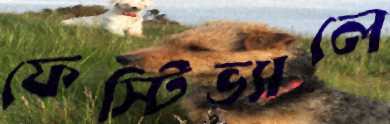
ফেস্টিভ্যালে